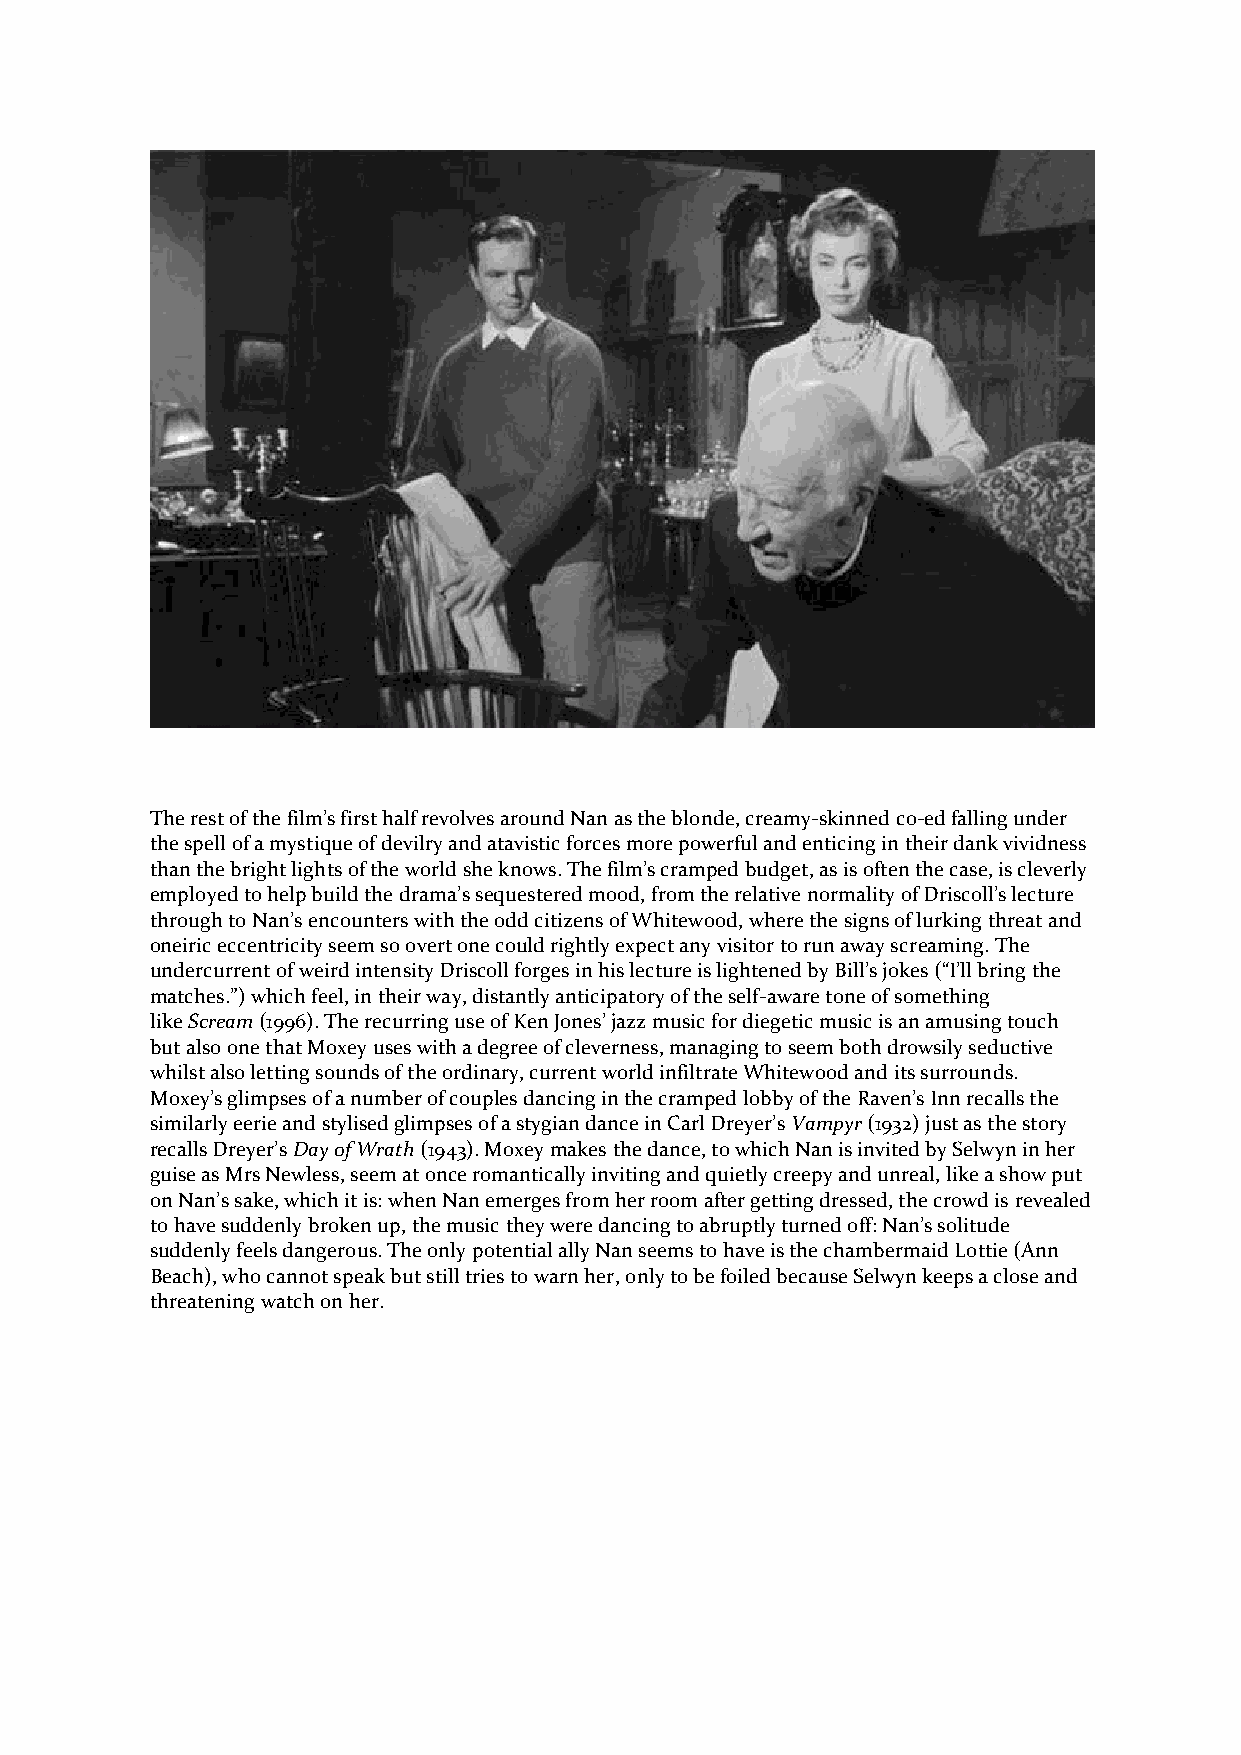
The rest of the film’s first half revolves around Nan as the blonde, creamy-skinned co-ed falling under
 the spell of a mystique of devilry and atavistic forces more powerful and enticing in their dank vividness
 than the bright lights of the world she knows. The film’s cramped budget, as is often the case, is cleverly
 employed to help build the drama’s sequestered mood, from the relative normality of Driscoll’s lecture
 through to Nan’s encounters with the odd citizens of Whitewood, where the signs of lurking threat and
 oneiric eccentricity seem so overt one could rightly expect any visitor to run away screaming. The
 undercurrent of weird intensity Driscoll forges in his lecture is lightened by Bill’s jokes (“I’ll bring the
 matches.”) which feel, in their way, distantly anticipatory of the self-aware tone of something
 like Scream (1996). The recurring use of Ken Jones’ jazz music for diegetic music is an amusing touch
 but also one that Moxey uses with a degree of cleverness, managing to seem both drowsily seductive
 whilst also letting sounds of the ordinary, current world infiltrate Whitewood and its surrounds.
 Moxey’s glimpses of a number of couples dancing in the cramped lobby of the Raven’s Inn recalls the
 similarly eerie and stylised glimpses of a stygian dance in Carl Dreyer’s Vampyr (1932) just as the story
 recalls Dreyer’s Day of Wrath (1943). Moxey makes the dance, to which Nan is invited by Selwyn in her
 guise as Mrs Newless, seem at once romantically inviting and quietly creepy and unreal, like a show put
 on Nan’s sake, which it is: when Nan emerges from her room after getting dressed, the crowd is revealed
 to have suddenly broken up, the music they were dancing to abruptly turned off: Nan’s solitude
 suddenly feels dangerous. The only potential ally Nan seems to have is the chambermaid Lottie (Ann
 Beach), who cannot speak but still tries to warn her, only to be foiled because Selwyn keeps a close and
 threatening watch on her.